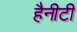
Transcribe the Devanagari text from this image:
हैनीटी